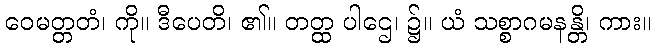
ဝေမတ္တတံ၊ ကို။ ဒီပေတိ၊ ၏။ တတ္ထ ပါဌေ၊ ၌။ ယံ သစ္စာဂမနန္တိ၊ ကား။